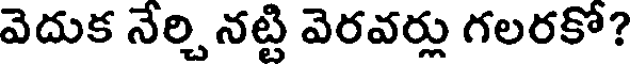
వెదుక నేర్చి నట్టి వెరవర్లు గలరకో?